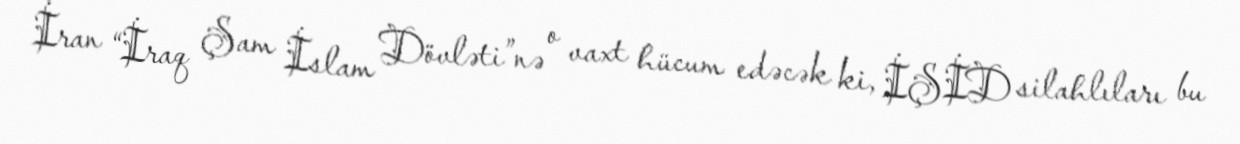
İran “İraq Şam İslam Dövləti”nə o vaxt hücum edəcək ki, İŞİD silahlıları bu